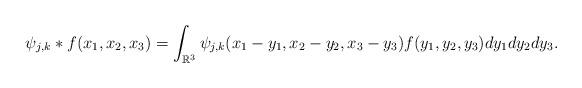
LaTeX: \begin{align*}\psi _{j,k}*f(x_1, x_2, x_3) = \int_{\mathbb R^3} \psi _{j,k} (x_1-y_1, x_2-y_2, x_3-y_3) f(y_1, y_2, y_3) dy_1dy_2dy_3.\end{align*}